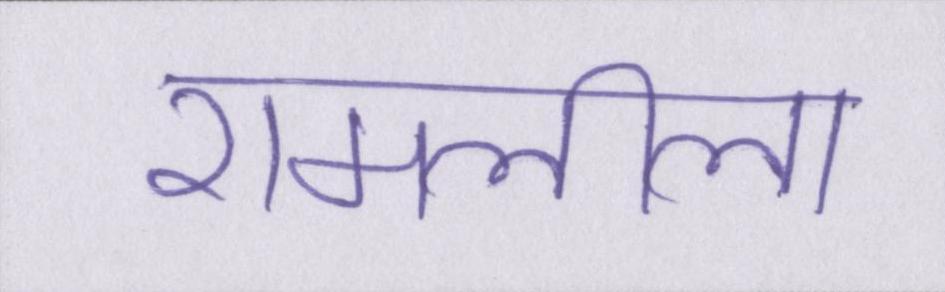
रामलीला